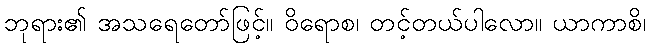
ဘုရား၏ အသရေတော်ဖြင့်။ ဝိရောစ၊ တင့်တယ်ပါလော။ ယာကာစိ၊